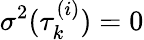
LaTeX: \sigma^{2}(\tau_{k}^{(i)})=0